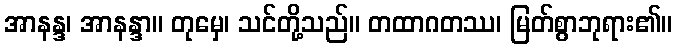
အာနန္ဒ၊ အာနန္ဒာ။ တုမှေ၊ သင်တို့သည်။ တထာဂတဿ၊ မြတ်စွာဘုရား၏။